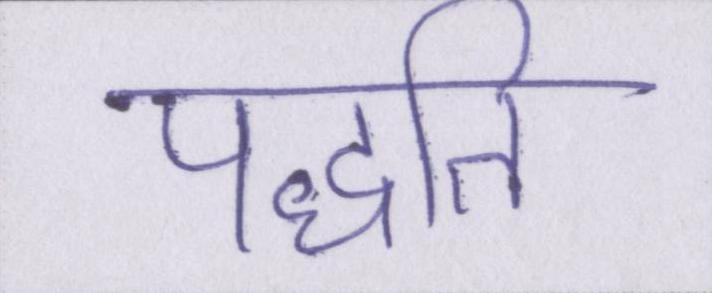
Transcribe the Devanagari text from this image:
पद्धति